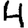
Digit: 4